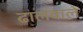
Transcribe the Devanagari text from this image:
ढालवाले